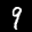
Label: 9